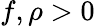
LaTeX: f,\rho>0